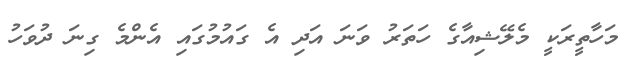
މަހާތީރަކީ މެލޭޝިއާގެ ހަތަރު ވަނަ އަދި އެ ގައުމުގައި އެންމެ ގިނަ ދުވަހު